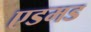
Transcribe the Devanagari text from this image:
एडमड